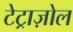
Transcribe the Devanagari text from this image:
टेट्राज़ोल